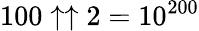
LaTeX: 100\uparrow\uparrow 2=10^{200}